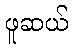
ဖူဆယ်